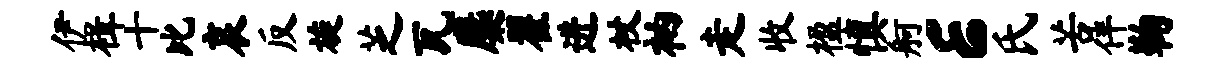
伊楫十比哀反旋芝瓦麋翟进杖衲走收楹慎舸E氏苦伴鞠